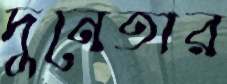
দুনেতার